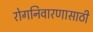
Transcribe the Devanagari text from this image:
रोगनिवारणासाठी